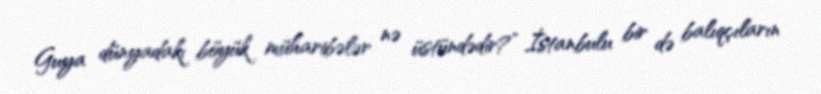
Guya dünyadakı böyük müharibələr nə üstündədir?” İstanbulu bir də balıqçıların